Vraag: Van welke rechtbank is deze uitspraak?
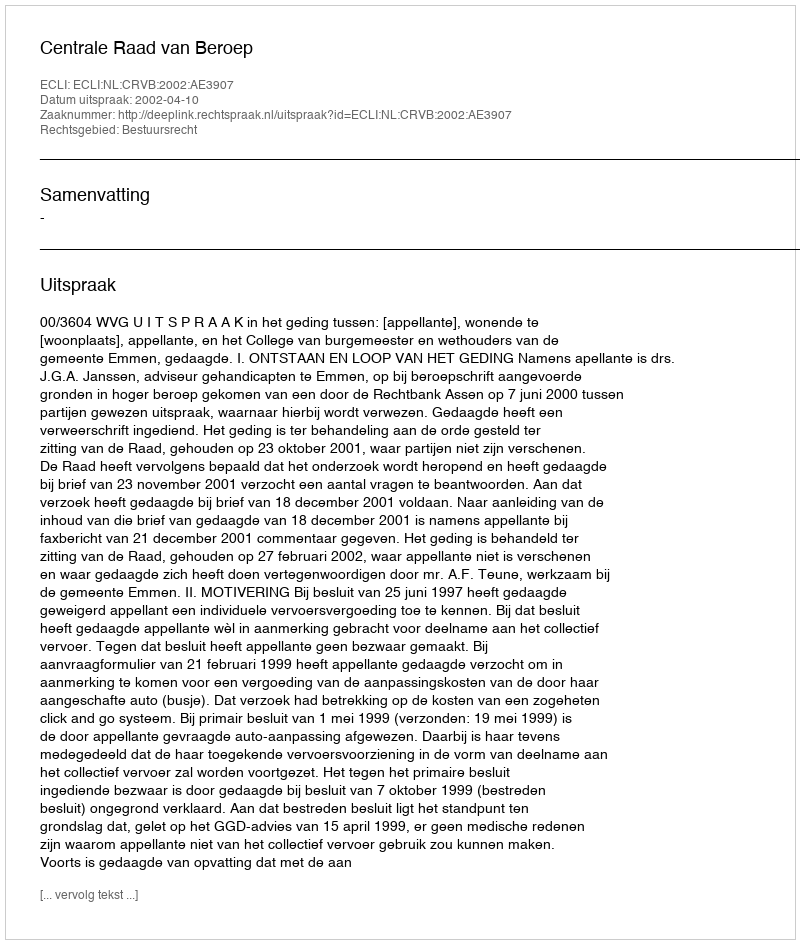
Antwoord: Centrale Raad van Beroep